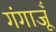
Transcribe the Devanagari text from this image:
गंगाजूँ